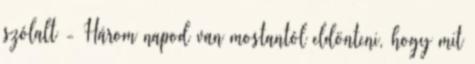
szólalt - Három napod van mostantól eldönteni, hogy mit